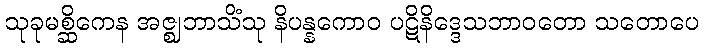
သုခုမစ္ဆိကေန အဇ္ဈဘာသိံသု နိပန္နကောဝ ပဋိနိဒ္ဒေသဘာဝတော သတောပေ